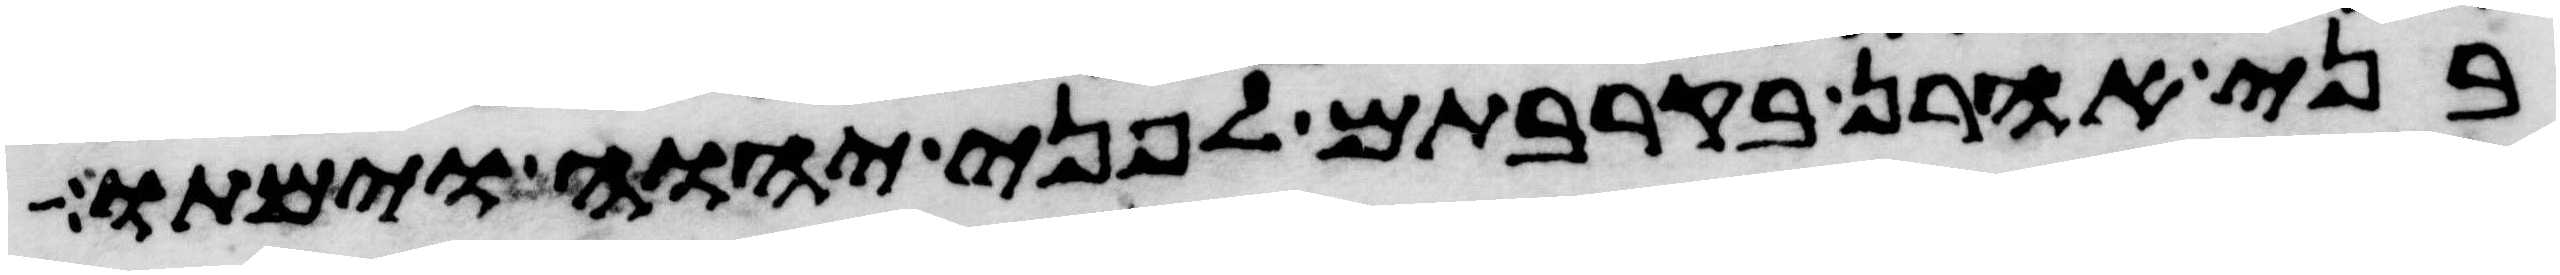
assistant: בני אהרן בקרבתם לפני יהוה וימתו